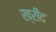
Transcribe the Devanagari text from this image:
ख्रीद